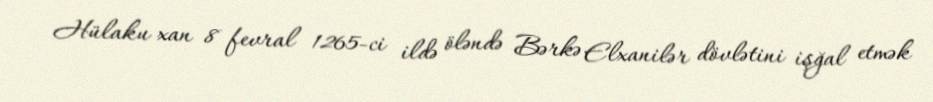
Hülaku xan 8 fevral 1265-ci ildə öləndə Bərkə Elxanilər dövlətini işğal etmək